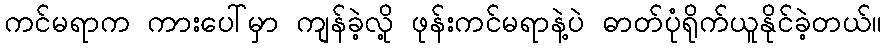
ကင်မရာက ကားပေါ်မှာ ကျန်ခဲ့လို့ ဖုန်းကင်မရာနဲ့ပဲ ဓာတ်ပုံရိုက်ယူနိုင်ခဲ့တယ်။